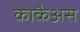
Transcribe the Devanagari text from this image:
कोकैअस